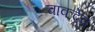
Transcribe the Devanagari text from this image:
चाकदेव